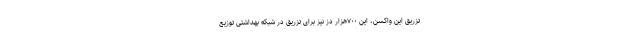
تزریق این واکسن، این ۷۰۰هزار دز نیز برای تزریق در شبکه بهداشتی توزیع